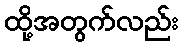
ထို့အတွက်လည်း